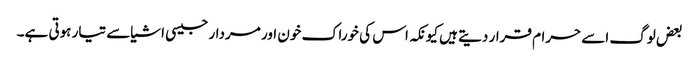
بعض لوگ اسے حرام قرار دیتے ہیں کیونکہ اس کی خوراک خون اور مردار جیسی اشیاسے تیار ہوتی ہے۔